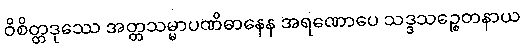
ဝိစိတ္တဒုဿေ အတ္တသမ္မာပဏိဓာနေန အရဏောပေ သဒ္ဒသဉ္စေတနာယ